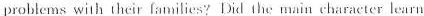
problems with their f;amilies?Dil the main character learn